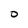
Character: O